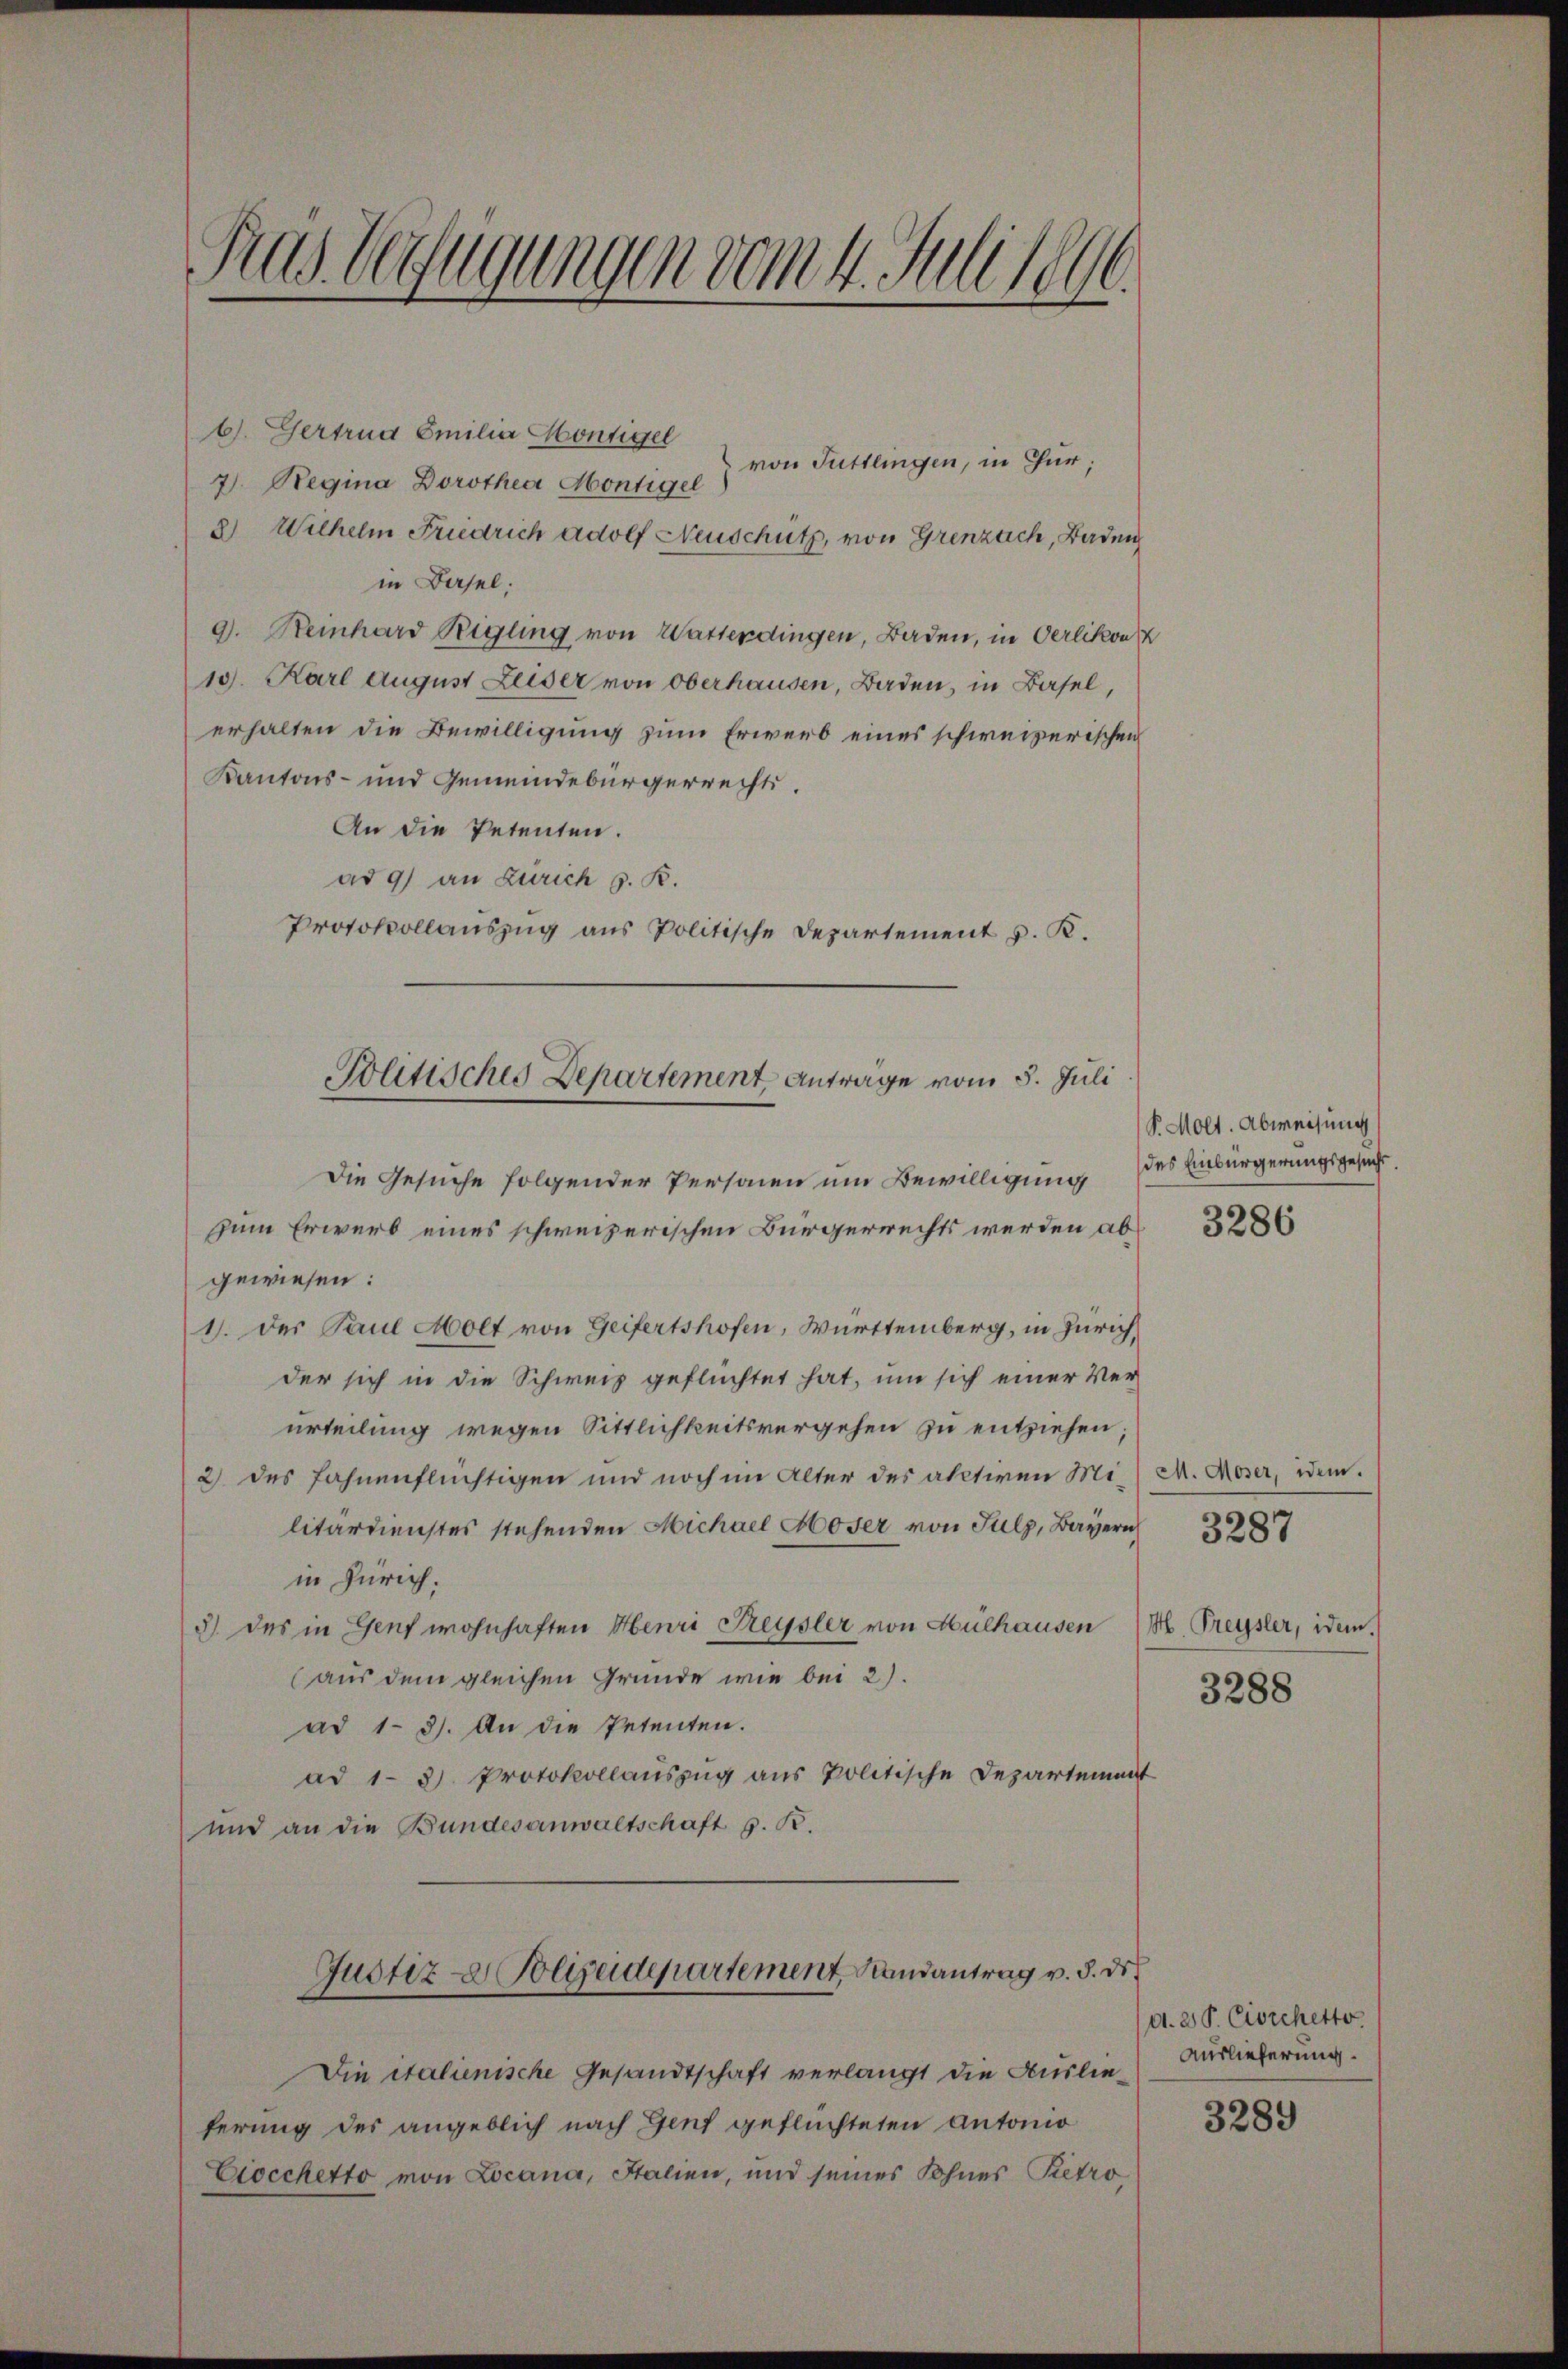
C
11
das Verfügungen vom 4. Juli leur.

6). Gertrud Emilia Montigel
von Tuttlingen, in Chur;
7) Regina Dorothea Montigel
2) Wilhelm Friedrich adolf Neuschütz, von Grenzeich, Baden
in Basel:
9. Reinhard Regung von Wasterdingen, Baden, in Oerlikon
10. Karl August Leiser von Oberhausen, Baden, in Basel,
erhalten die Bewilligung zum Erwerb eines schweizerischen
Kantons- und Gemeindebürgerrechts.
An die Petenten.
ad 9) an Zürich s. B.
Protokollauszug aus Politische Departement v. K.
Die Gesuche folgender Personen um Bewilligung des Einbürgerungsgesucht
zum Erwerb eines schweizerischen Bürgerrechts werden abgewiesen:
1. des Paul Molt von Geifertshofen, Württemberg, in Zürich,
der sich in die Schweiz geflüchtet hat, um sich einer Ver
urteilung wegen Sittlichkeitsvergehen zu entziehen;
2) des Fahnenflüchtigen und noch im Alter des aktiven Militärdienstes stehenden Michael Moser von Sulz, Bayern
in Zürich.
5) des in Genf wohnhaften Henri Treysler von Mülhausen
(aus dem gleichen Grunde wie bei 2).
ad 1. 3). An die Petenten.
ad 1-3 Protokollauszug aus Politische Departement
und an die Bundesanwaltschaft z. B.
Justiz- Polizeidepartement Randantrag v. 8. ds.
Die italienische Gesandtschaft verlangt die Auslieferung des angeblich nach Genf geflüchteten Antonio
Eiocchetto von Locana, Stalien, und seines Sohnes Petro

Politisches Departement Antrage vom 5. Juli

P. Molt. Abweisung

3286

M. Moser, idem.
3287

H. Preysler, idem.

3288

d. 2 P. Circhetto
Auslieferung.

3289